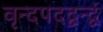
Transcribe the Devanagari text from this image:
वृन्दपदद्वन्द्वं